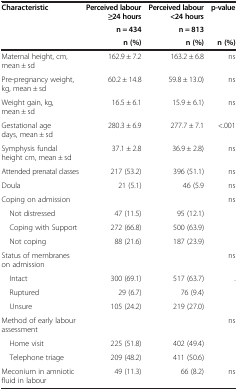
<table><thead><tr><td><b>Characteristic</b></td><td><b>Perceived labour ≥24 hours</b></td><td><b>Perceived labour &lt;24 hours</b></td><td><b>p-value</b></td></tr><tr><td>[EMPTY_CELL]</td><td><b>n = 434</b></td><td><b>n = 813</b></td><td>[EMPTY_CELL]</td></tr><tr><td>[EMPTY_CELL]</td><td><b>n (%)</b></td><td><b>n (%)</b></td><td><b>n (%)</b></td></tr></thead><tbody><tr><td>Maternal height, cm, mean ± sd</td><td>162.9 ± 7.2</td><td>163.2 ± 6.8</td><td>ns</td></tr><tr><td>Pre-pregnancy weight, kg, mean ± sd</td><td>60.2 ± 14.8</td><td>59.8 ± 13.0)</td><td>ns</td></tr><tr><td>Weight gain, kg, mean ± sd</td><td>16.5 ± 6.1</td><td>15.9 ± 6.1)</td><td>ns</td></tr><tr><td>Gestational age days, mean ± sd</td><td>280.3 ± 6.9</td><td>277.7 ± 7.1</td><td>&lt;.001</td></tr><tr><td>Symphysis fundal height cm, mean ± sd</td><td>37.1 ± 2.8</td><td>36.9 ± 2.8)</td><td>ns</td></tr><tr><td>Attended prenatal classes</td><td>217 (53.2)</td><td>396 (51.1)</td><td>ns</td></tr><tr><td>Doula</td><td>21 (5.1)</td><td>46 (5.9</td><td>ns</td></tr><tr><td>Coping on admission</td><td>[EMPTY_CELL]</td><td>[EMPTY_CELL]</td><td>ns</td></tr><tr><td> Not distressed</td><td>47 (11.5)</td><td>95 (12.1)</td><td>[EMPTY_CELL]</td></tr><tr><td> Coping with Support</td><td>272 (66.8)</td><td>500 (63.9)</td><td>[EMPTY_CELL]</td></tr><tr><td> Not coping</td><td>88 (21.6)</td><td>187 (23.9)</td><td>[EMPTY_CELL]</td></tr><tr><td>Status of membranes on admission</td><td>[EMPTY_CELL]</td><td>[EMPTY_CELL]</td><td>ns</td></tr><tr><td> Intact</td><td>300 (69.1)</td><td>517 (63.7)</td><td>.</td></tr><tr><td> Ruptured</td><td>29 (6.7)</td><td>76 (9.4)</td><td>[EMPTY_CELL]</td></tr><tr><td> Unsure</td><td>105 (24.2)</td><td>219 (27.0)</td><td>[EMPTY_CELL]</td></tr><tr><td>Method of early labour assessment</td><td>[EMPTY_CELL]</td><td>[EMPTY_CELL]</td><td>ns</td></tr><tr><td> Home visit</td><td>225 (51.8)</td><td>402 (49.4)</td><td>[EMPTY_CELL]</td></tr><tr><td> Telephone triage</td><td>209 (48.2)</td><td>411 (50.6)</td><td>[EMPTY_CELL]</td></tr><tr><td>Meconium in amniotic fluid in labour</td><td>49 (11.3)</td><td>66 (8.2)</td><td>ns</td></tr></tbody></table>